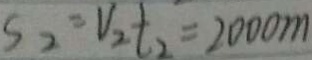
S _ { 2 } = V _ { 2 } t _ { 2 } = 2 0 0 0 m